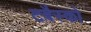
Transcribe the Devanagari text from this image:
टबैस्को